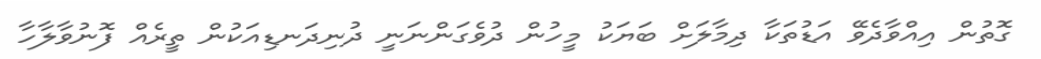
ގޮތުން އިއްވާދެވޭ އަޑުތަކާ ދިމާލަށް ބަޔަކު މީހުން ދުވެގަންނަނީ ދުނިދަނޑިއަކުން ތީރެއް ފޮނުވާލާހާ